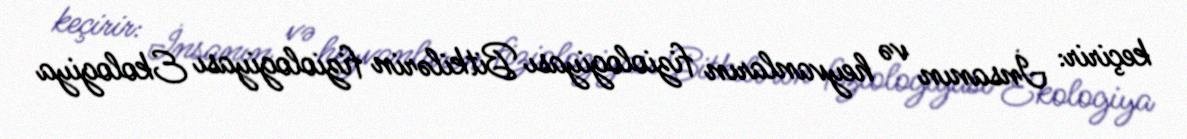
keçirir: İnsanın və heyvanların fiziologiyası Bitkilərin fiziologiyası Ekologiya